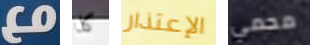
مع كلا الإعتذار محمي